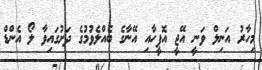
މިހާރު އަނިލް ވަނީ އޭޖީ އޮފީހާއި އޭނާގެ ބެއްލެވުމުގެ ދަށުގައިވާ ލޯ އެންޑް